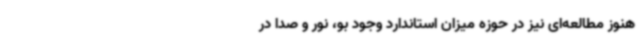
هنوز مطالعه‌ای نیز در حوزه میزان استاندارد وجود بو، نور و صدا در